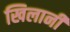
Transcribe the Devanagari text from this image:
खिलानी